Scientific memoirs by medical officers of the Army of India - Part VIII,
Year: 1894
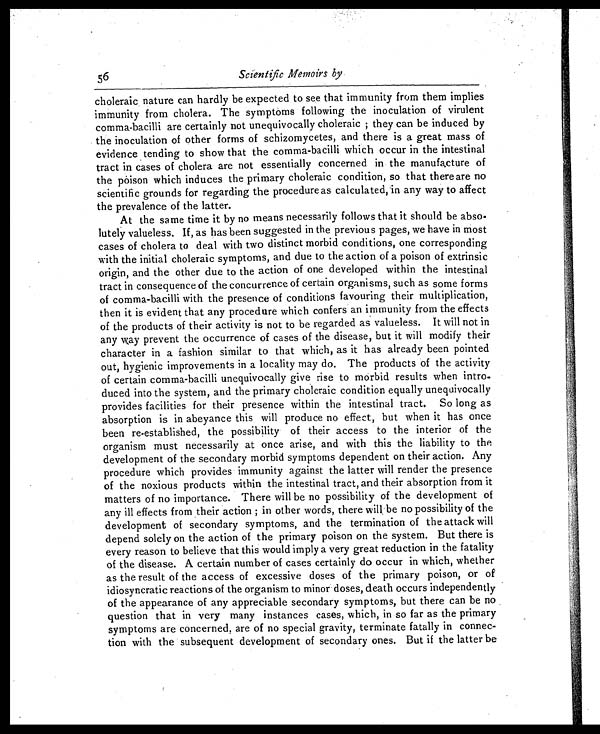
56
Scientific Memoirs by
choleraic nature can hardly be expected to see that immunity from them implies
immunity from cholera. The symptoms following the inoculation of virulent
comma-bacilli are certainly not unequivocally choleraic ; they can be induced by
the inoculation of other forms of schizomycetes, and there is a great mass of
evidence tending to show that the comma-bacilli which occur in the intestinal
tract in cases of cholera are not essentially concerned in the manufacture of
the poison which induces the primary choleraic condition, so that there are no
scientific grounds for regarding the procedure as calculated, in any way to affect
the prevalence of the latter.
At the same time it by no means necessarily follows that it should be abso-
lutely valueless. If, as has been suggested in the previous pages, we have in most
cases of cholera to deal with two distinct morbid conditions, one corresponding
with the initial choleraic symptoms, and due to the action of a poison of extrinsic
origin, and the other due to the action of one developed within the intestinal
tract in consequence of the concurrence of certain organisms, such as some forms
of comma-bacilli with the presence of conditions favouring their multiplication,
then it is evident that any procedure which confers an immunity from the effects
of the products of their activity is not to be regarded as valueless. It will not in
any way prevent the occurrence of cases of the disease, but it will modify their
character in a fashion similar to that which, as it has already been pointed
out, hygienic improvements in a locality may do. The products of the activity
of certain comma-bacilli unequivocally give rise to morbid results when intro-
duced into the system, and the primary choleraic condition equally unequivocally
provides facilities for their presence within the intestinal tract. So long as
absorption is in abeyance this will produce no effect, but when it has once
been re-established, the possibility of their access to the interior of the
organism must necessarily at once arise, and with this the liability to the
development of the secondary morbid symptoms dependent on their action. Any
procedure which provides immunity against the latter will render the presence
of the noxious products within the intestinal tract, and their absorption from it
matters of no importance. There will be no possibility of the development of
any ill effects from their action ; in other words, there will, be no possibility of the
development of secondary symptoms, and the termination of the attack will
depend solely on the action of the primary poison on the system. But there is
every reason to believe that this would imply a very great reduction in the fatality
of the disease. A certain number of cases certainly do occur in which, whether
as the result of the access of excessive doses of the primary poison, or of
idiosyncratic reactions of the organism to minor doses, death occurs independently
of the appearance of any appreciable secondary symptoms, but there can be no
question that in very many instances cases, which, in so far as the primary
symptoms are concerned, are of no special gravity, terminate fatally in connec-
tion with the subsequent development of secondary ones. But if the latter be